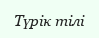
Түрік тілі